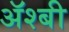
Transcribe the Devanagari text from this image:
ॲश्बी